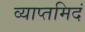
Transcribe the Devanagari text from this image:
व्याप्तमिदं